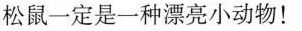
人们不是常说”事实胜于雄辩”吗?